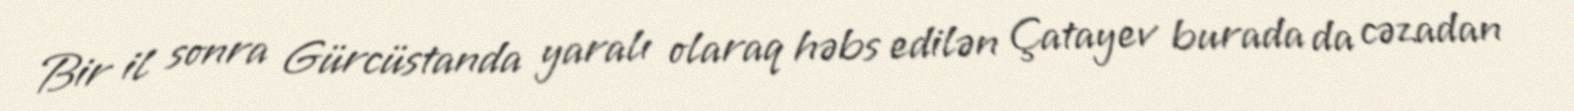
Bir il sonra Gürcüstanda yaralı olaraq həbs edilən Çatayev burada da cəzadan